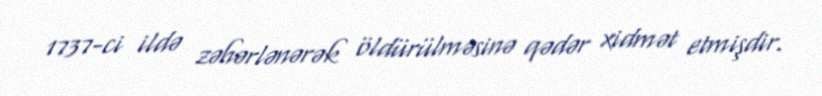
1737-ci ildə zəhərlənərək öldürülməsinə qədər xidmət etmişdir.